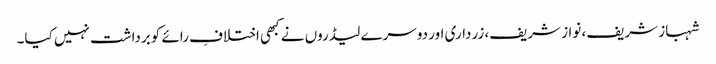
شہباز شریف، نواز شریف، زرداری اور دوسرے لیڈروں نے کبھی اختلافِ رائے کوبرداشت نہیں کیا۔